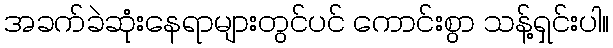
အခက်ခဲဆုံးနေရာများတွင်ပင် ကောင်းစွာ သန့်ရှင်းပါ။